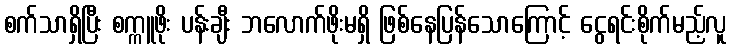
စက်သာရှိပြီး စက္ကူဖိုး ပန်းချီး ဘလောက်ဖိုးမရှိ ဖြစ်နေပြန်သောကြောင့် ငွေရင်းစိုက်မည့်လူ